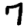
Digit: 7